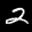
Label: 2